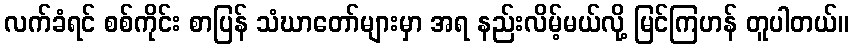
လက်ခံရင် စစ်ကိုင်း စာပြန် သံဃာတော်များမှာ အရ နည်းလိမ့်မယ်လို့ မြင်ကြဟန် တူပါတယ်။